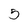
Character: 5